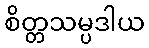
စိတ္တသမ္ပဒါယ